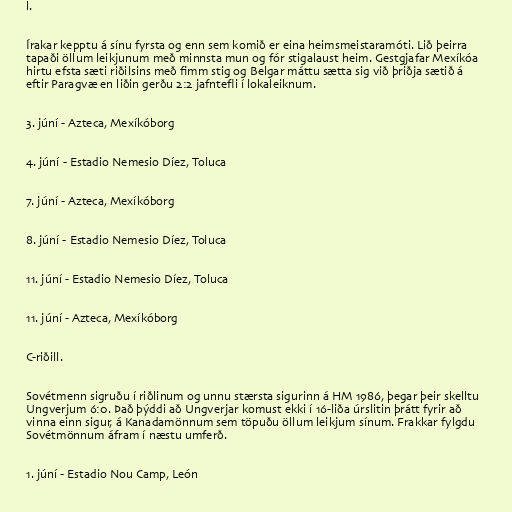
l.

Írakar kepptu á sínu fyrsta og enn sem komið er eina heimsmeistaramóti. Lið þeirra
tapaði öllum leikjunum með minnsta mun og fór stigalaust heim. Gestgjafar Mexíkóa
hirtu efsta sæti riðilsins með fimm stig og Belgar máttu sætta sig við þriðja sætið á
eftir Paragvæ en liðin gerðu 2:2 jafntefli í lokaleiknum.

3. júní - Azteca, Mexíkóborg

4. júní - Estadio Nemesio Díez, Toluca

7. júní - Azteca, Mexíkóborg

8. júní - Estadio Nemesio Díez, Toluca

11. júní - Estadio Nemesio Díez, Toluca

11. júní - Azteca, Mexíkóborg

C-riðill.

Sovétmenn sigruðu í riðlinum og unnu stærsta sigurinn á HM 1986, þegar þeir skelltu
Ungverjum 6:0. Það þýddi að Ungverjar komust ekki í 16-liða úrslitin þrátt fyrir að
vinna einn sigur, á Kanadamönnum sem töpuðu öllum leikjum sínum. Frakkar fylgdu
Sovétmönnum áfram í næstu umferð.

1. júní - Estadio Nou Camp, León